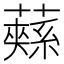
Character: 𮒚